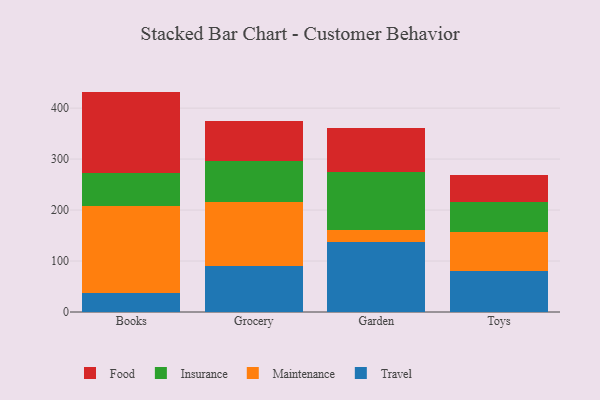
{"axis": {"x": "Category", "y": "Backlog"}, "legend": ["Food", "Insurance", "Maintenance", "Travel"], "data": [{"x": "Books", "y": 37.0, "type": "Travel"}, {"x": "Books", "y": 170.5, "type": "Maintenance"}, {"x": "Books", "y": 65.2, "type": "Insurance"}, {"x": "Books", "y": 159.7, "type": "Food"}, {"x": "Grocery", "y": 90.8, "type": "Travel"}, {"x": "Grocery", "y": 125.6, "type": "Maintenance"}, {"x": "Grocery", "y": 80.2, "type": "Insurance"}, {"x": "Grocery", "y": 78.1, "type": "Food"}, {"x": "Garden", "y": 136.8, "type": "Travel"}, {"x": "Garden", "y": 24.5, "type": "Maintenance"}, {"x": "Garden", "y": 113.4, "type": "Insurance"}, {"x": "Garden", "y": 85.5, "type": "Food"}, {"x": "Toys", "y": 79.8, "type": "Travel"}, {"x": "Toys", "y": 77.2, "type": "Maintenance"}, {"x": "Toys", "y": 58.3, "type": "Insurance"}, {"x": "Toys", "y": 53.4, "type": "Food"}]}